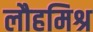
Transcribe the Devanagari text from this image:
लौहमिश्र